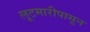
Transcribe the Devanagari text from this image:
लूटमारीपासून